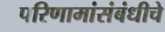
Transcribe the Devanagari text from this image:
परिणामांसंबंधीचे